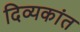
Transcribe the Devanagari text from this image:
दिव्यकांत